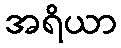
အရိယာ